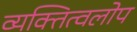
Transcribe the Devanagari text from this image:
व्यक्तित्वलोप